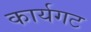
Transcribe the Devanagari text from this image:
कार्यगट